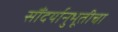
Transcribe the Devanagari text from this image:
सौंदर्यानुभूतीचा